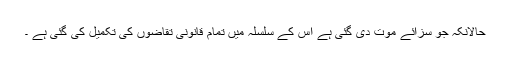
حالانکہ جو سزائے موت دی گئی ہے اس کے سلسلہ میں تمام قانونی تقاضوں کی تکمیل کی گئی ہے ۔